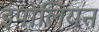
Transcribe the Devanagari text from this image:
इपोलियन